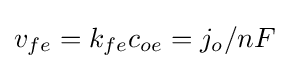
v_{fe}=k_{fe}c_{oe}=j_{o}/nF